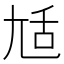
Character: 𡯢